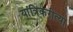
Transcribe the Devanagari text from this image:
यांत्रिकरीत्या